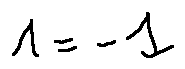
1 = - 1